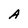
Character: A